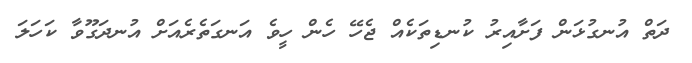
ދަތް އުނގުޅަން ފަށާއިރު ކުނޑިތަކެއް ޖެހޭ ހެން ހީވެ އަނގަތެރެއަށް އުނދަގޫވާ ކަހަލަ